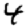
Digit: 4